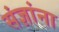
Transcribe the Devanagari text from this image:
संज्ञांना